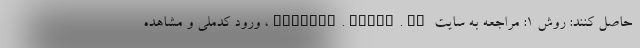
حاصل کنند: روش ۱: مراجعه به سایت medical.tamin.ir، ورود کدملی و مشاهده